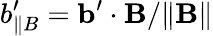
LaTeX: b_{\parallel B}^{\prime}={\mathbf{b}}^{\prime}\cdot{\mathbf{B}}/\| {\mathbf{B}}\|